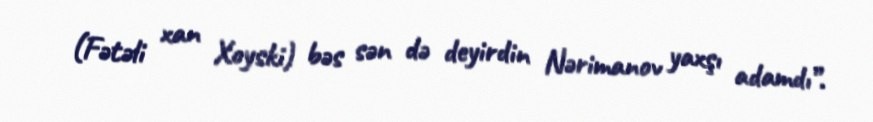
(Fətəli xan Xoyski) bəs sən də deyirdin Nərimanov yaxşı adamdı”.